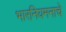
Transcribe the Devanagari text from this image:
भारनियमनाचे